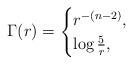
LaTeX: \begin{align*} \Gamma(r) = \begin{cases} r^{-(n-2)},&\\\log \frac5r,& \end{cases}\end{align*}